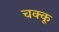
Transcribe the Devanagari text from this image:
चक्कू